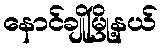
နောင်ချိုမြို့နယ်